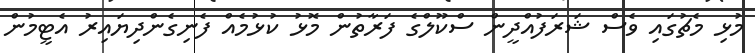
މުޅި މެޗުގައި ވެސް ޝަރަފުއްދީން ސްކޫލްގެ ފަރާތުން މޮޅު ކުޅުމެއް ފެނިގެންދިޔައިރު އެޓީމުން